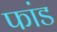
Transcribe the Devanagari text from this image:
फांड